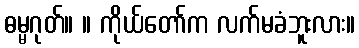
ဓမ္မဂုတ်။ ။ ကိုယ်တော်က လက်မခံဘူးလား။